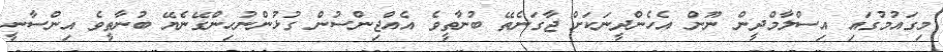
މިގައުމުގައި އިސްލާމްދީން ނޫން އެހެންދީނަކަށް ޖާގަނެތޭ ބުނާތީވެ އެއްޖިންސުން ގުޅުންނުހިންގޭނެޔޭ ބުނާތީވެ އިންސާނީ